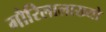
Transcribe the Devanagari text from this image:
गौरिलालाख्यो